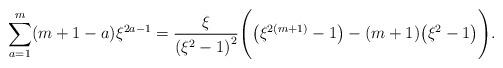
LaTeX: \begin{align*}\sum_{a=1}^m (m+1-a) \xi^{2a-1} = \frac{\xi}{\left(\xi^2-1\right)^2} \Bigg (\big(\xi^{2(m+1)}-1\big) - (m+1)\big(\xi^2 -1 \big) \Bigg ). \end{align*}